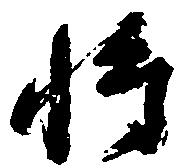
将